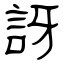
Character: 訝